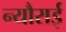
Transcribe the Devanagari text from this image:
न्यौराई